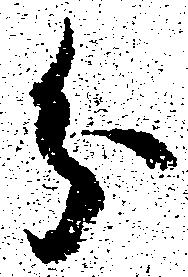
分